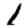
Digit: 1